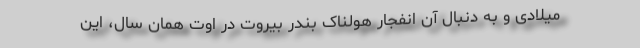
میلادی و به دنبال آن انفجار هولناک بندر بیروت در اوت همان سال، این